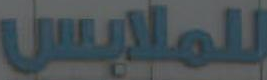
للملابس